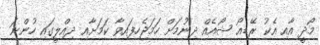
މޯދީ އާއި އެކު ރޭޑިއޯ ޝޯއެއް ދިނުމަށް ހަމަޖެހިފައިވާ ކަމަށާއި ދިއްލީގައި ހުންނަ